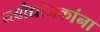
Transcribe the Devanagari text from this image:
नवौद्योजकांना